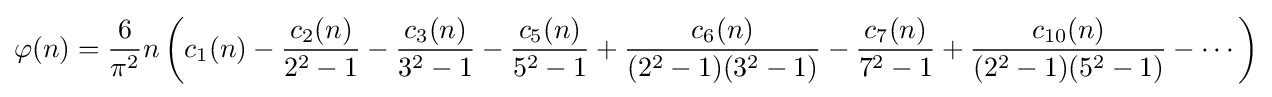
\varphi (n)={\frac {6}{\pi ^{2}}}n\left(c_{1}(n)-{\frac {c_{2}(n)}{2^{2}-1}}-{\frac {c_{3}(n)}{3^{2}-1}}-{\frac {c_{5}(n)}{5^{2}-1}}+{\frac {c_{6}(n)}{(2^{2}-1)(3^{2}-1)}}-{\frac {c_{7}(n)}{7^{2}-1}}+{\frac {c_{10}(n)}{(2^{2}-1)(5^{2}-1)}}-\cdots \right)